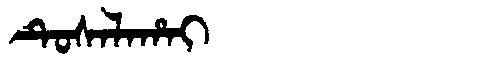
Manchu: ᡨᡠᠰᠠᠯᠠᡥᠠᡳ
Romanization: TUSALAHAI